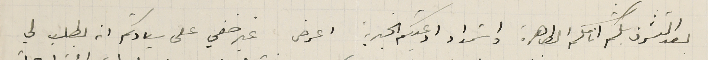
بعد التشرف بلثم اناملكم الطاهرة واسَتمداد ادعيتكم الخيرية اعرض غير خفي على سيادتكم انه بطلب لي